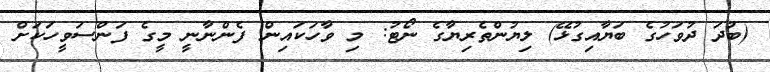
(ބުދަ ދުވަހުގެ ބަޔާއިގުޅޭ) ލިޔުންތެރިޔާގެ ނޯޓު: މި ވާހަކައިން ފެންނާނީ މީގެ ފަންސަވީހަކަށް